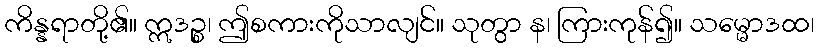
ကိန္နရာတို့၏။ ဣဒဉ္စ၊ ဤစကားကိုသာလျင်။ သုတွာ န၊ ကြားကုန်၍။ သမ္မောဒထ၊